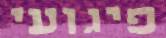
פיגועי